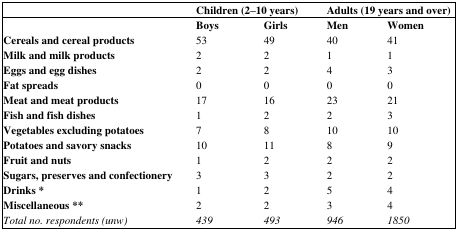
|  | <COLSPAN=2> Children (2–10 years) | <COLSPAN=2> Adults (19 years and over) |
 |  | Boys | Girls | Men | Women |
 | --- | --- | --- | --- | --- |
 | Cereals and cereal products | 53 | 49 | 40 | 41 |
 | Milk and milk products | 2 | 2 | 1 | 1 |
 | Eggs and egg dishes | 2 | 2 | 4 | 3 |
 | Fat spreads | 0 | 0 | 0 | 0 |
 | Meat and meat products | 17 | 16 | 23 | 21 |
 | Fish and fish dishes | 1 | 2 | 2 | 3 |
 | Vegetables excluding potatoes | 7 | 8 | 10 | 10 |
 | Potatoes and savory snacks | 10 | 11 | 8 | 9 |
 | Fruit and nuts | 1 | 2 | 2 | 2 |
 | Sugars, preserves and confectionery | 3 | 3 | 2 | 2 |
 | Drinks * | 1 | 2 | 5 | 4 |
 | Miscellaneous ** | 2 | 2 | 3 | 4 |
 | Total no. respondents (unw) | 439 | 493 | 946 | 1850 |